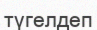
түгелдеп